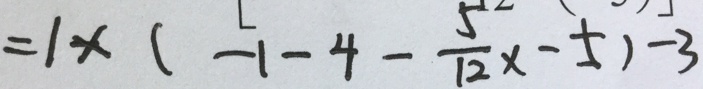
= 1 \times ( - 1 - 4 - \frac { 5 } { 1 2 } x - 5 ) - 3